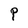
Character: P